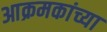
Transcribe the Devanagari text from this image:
आक्रमकांच्या